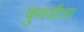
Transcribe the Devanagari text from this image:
कुक्डौला